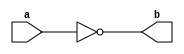
module NotGate(a,b) ;

output b ;
input a ;

nand(b,a,a) ;

endmodule 

module Neg16(a,b) ;

output [15:0] b ;
input [15:0] a ;

NotGate N[15:0](a,b) ;

endmodule